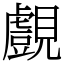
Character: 覻